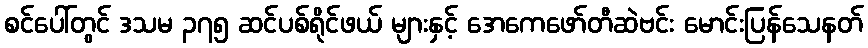
စင်ပေါ်တွင် ဒသမ ၃၇၅ ဆင်ပစ်ရိုင်ဖယ် များနှင့် အေကေဖော်တီဆဲဗင်း မောင်းပြန်သေနတ်